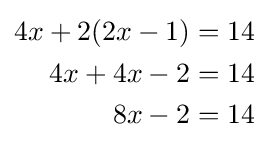
{\begin{aligned}4x+2(2x-1)&=14\\4x+4x-2&=14\\8x-2&=14\end{aligned}}